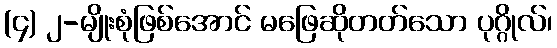
(၄) ၂-မျိုးစုံဖြစ်အောင် မဖြေဆိုတတ်သော ပုဂ္ဂိုလ်၊